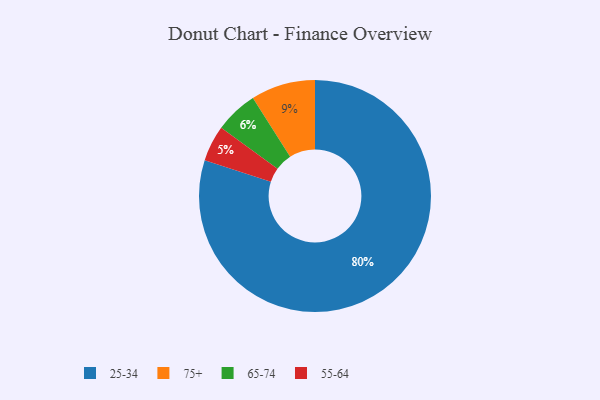
{"axis": {"x": "Category", "y": "Percentage"}, "legend": ["25-34", "55-64", "65-74", "75+"], "data": [{"x": "55-64", "y": 5, "type": "55-64"}, {"x": "25-34", "y": 80, "type": "25-34"}, {"x": "75+", "y": 9, "type": "75+"}, {"x": "65-74", "y": 6, "type": "65-74"}]}